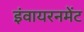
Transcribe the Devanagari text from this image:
इंवायरनमेंट